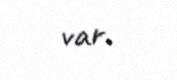
var.